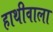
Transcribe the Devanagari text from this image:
हाथीवाला